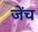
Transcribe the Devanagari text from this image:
जेंच